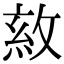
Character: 𢽺